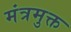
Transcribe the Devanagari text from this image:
मंत्रमुक्त